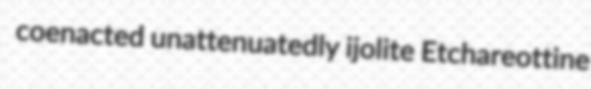
coenacted unattenuatedly ijolite Etchareottine